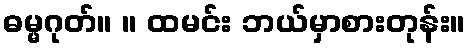
ဓမ္မဂုတ်။ ။ ထမင်း ဘယ်မှာစားတုန်း။